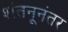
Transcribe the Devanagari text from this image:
शंतनूनंतर